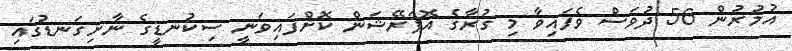
އުމުރުން 56 ދުވަސް ވެފައިވާ މި ގުރާގެ އޮޕަރޭޝަން ކޮށްފައިވަނީ ސިކުނޑީގެ ނާށިގަނޑުގައި